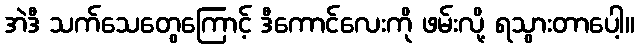
အဲဒီ သက်သေတွေကြောင့် ဒီကောင်လေးကို ဖမ်းလို့ ရသွားတာပေါ့။